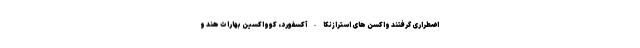
اضطراری گرفتند واکسن های استرازنکا-آکسفورد، کوواکسین بهارات هند و